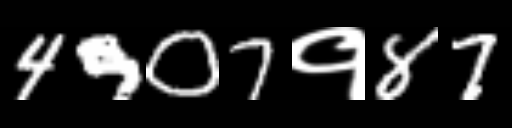
Text: 4907१87